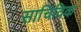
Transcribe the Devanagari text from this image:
साचिविक